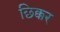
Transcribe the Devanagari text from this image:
छिक्कर